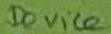
Text: Device